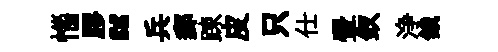
惱膠“兵郵踈皮只仕翬釵浄餓